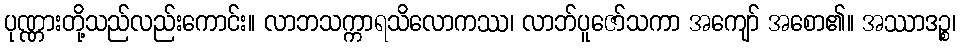
ပုဏ္ဏားတို့သည်လည်းကောင်း။ လာဘသက္ကာရသိလောကဿ၊ လာဘ်ပူဇော်သကာ အကျော် အစော၏။ အဿာဒဉ္စ၊